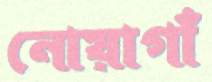
নোয়াগাঁ